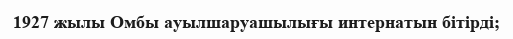
1927 жылы Омбы ауылшаруашылығы интернатын бітірді;